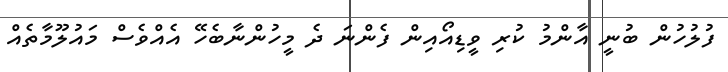
ފުލުހުން ބުނީ އާންމު ކުރި ވީޑިއޯއިން ފެންނަ ދެ މީހުންނާބެހޭ އެއްވެސް މައުލޫމާތެއް